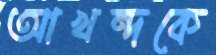
আখন্দকে